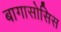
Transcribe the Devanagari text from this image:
बागासोसिस